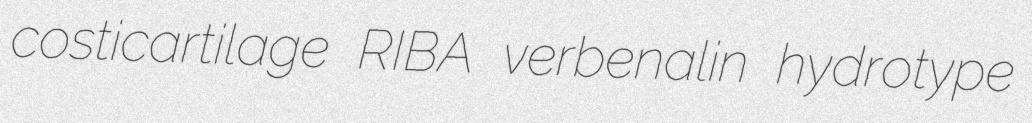
costicartilage RIBA verbenalin hydrotype